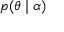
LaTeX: p ( \theta \mid \alpha )